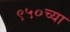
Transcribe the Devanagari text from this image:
९५०च्या